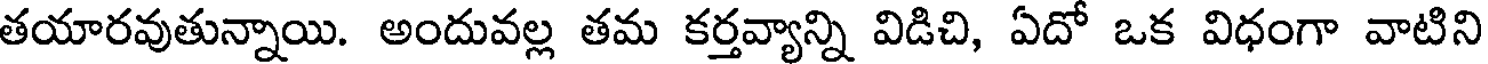
తయారవుతున్నాయి. అందువల్ల తమ కర్తవ్యాన్ని విడిచి, ఏదో ఒక విధంగా వాటిని